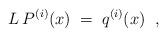
LaTeX: \begin{align*}L \, P^{(i)}(x) \;=\; q^{(i)}(x) \;\;,\end{align*}